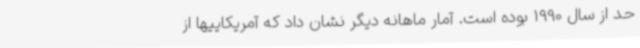
حد از سال 1990 بوده است. آمار ماهانه دیگر نشان داد که آمریکاییها از